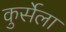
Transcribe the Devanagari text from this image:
कुर्सेला